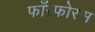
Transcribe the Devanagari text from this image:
फाँस्फोरस